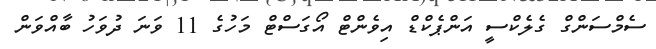
ސެމްސަންގް ގެލެކްސީ އަންޕެކްޑް އިވެންޓް އޯގަސްޓް މަހުގެ 11 ވަނަ ދުވަހު ބާއްވަން